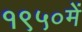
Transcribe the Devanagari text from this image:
१९५०में